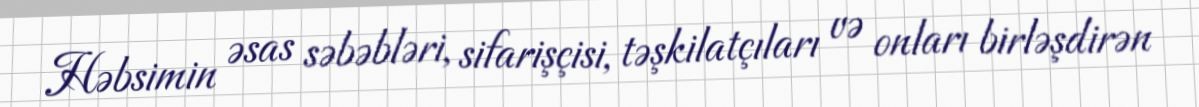
Həbsimin əsas səbəbləri, sifarişçisi, təşkilatçıları və onları birləşdirən